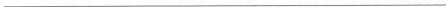
___